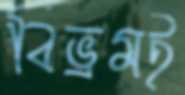
বিভ্রমই